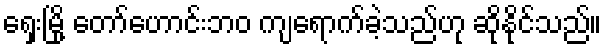
ရှေးမြို့ တော်ဟောင်းဘဝ ကျရောက်ခဲ့သည်ဟု ဆိုနိုင်သည်။